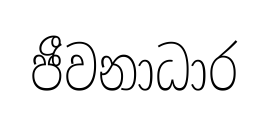
ජීවනාධාර